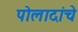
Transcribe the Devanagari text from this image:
पोलादांचे